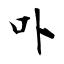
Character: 卟